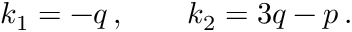
k _ { 1 } = - q \, , \qquad k _ { 2 } = 3 q - p \, .